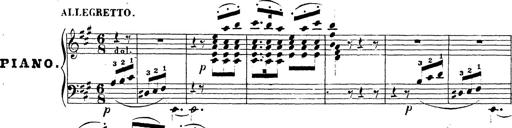
Title: Chanson bohÃ©mienne
Composer: Franz Liszt